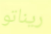
ريناتو